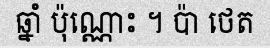
ឆ្នាំ ប៉ុណ្ណោះ ។ ប៉ា ថេត